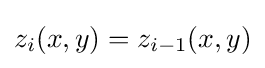
z_{i}(x,y)=z_{i-1}(x,y)